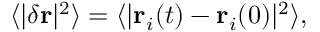
\langle | \delta \mathbf { r } | ^ { 2 } \rangle = \langle | { \mathbf { r } } _ { i } ( t ) - \mathbf { r } _ { i } ( 0 ) | ^ { 2 } \rangle ,